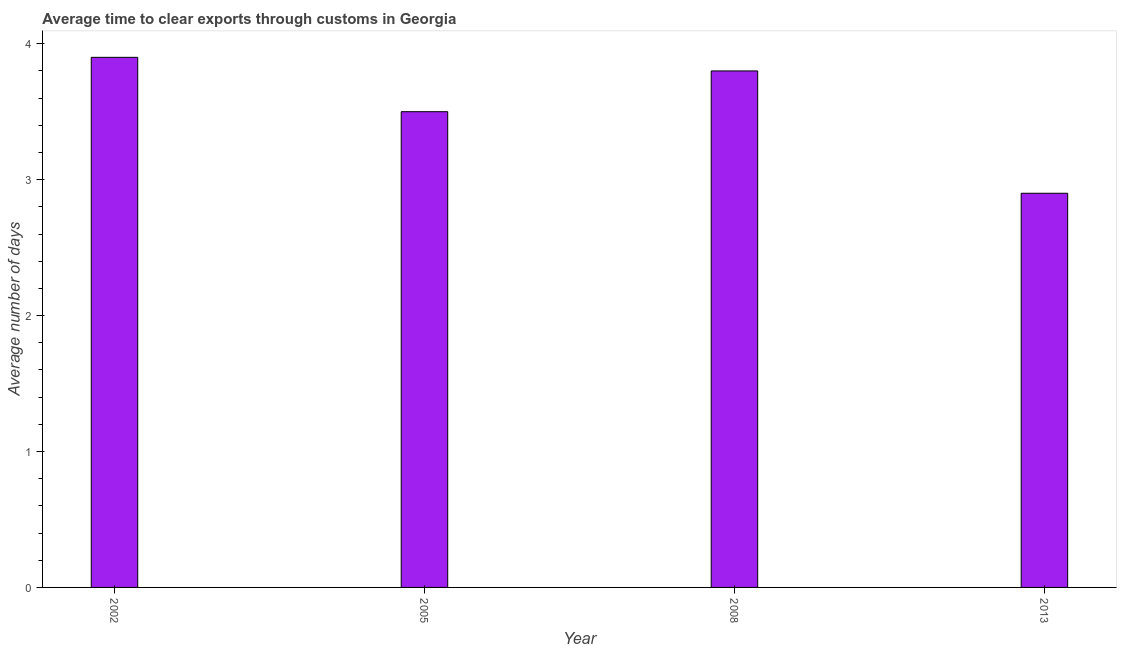
| Year | Time to clear exports through customs |
 | --- | --- |
 | 2002 | 3.9 |
 | 2005 | 3.5 |
 | 2008 | 3.8 |
 | 2013 | 2.9 |